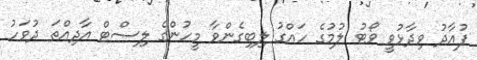
ފުއާދު ވިދާޅުވީ ވޯޓު ލުމުގެ ހައްގު ލިބިގެންވާ މީހުންގެ ލިސްޓް އާދިއްތަ ދުވަހު